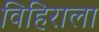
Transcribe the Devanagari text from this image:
विहिराला